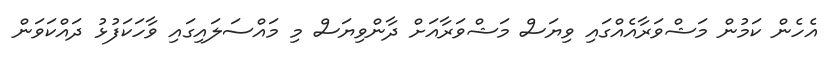
އެހެން ކަމުން މަޝްވަރާއެއްގައި ވިޔަސް މަޝްވަރާއަށް ދާންވިޔަސް މި މައްސަލައިގައި ވާހަކަފުޅު ދައްކަވަން